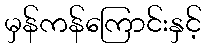
မှန်ကန်ကြောင်းနှင့်